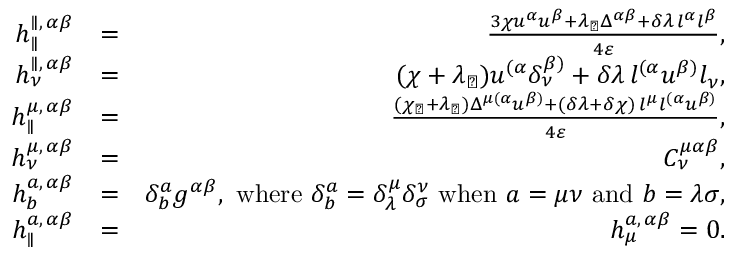
\begin{array} { r l r } { h _ { \parallel } ^ { \parallel , \, \alpha \beta } } & { = } & { \frac { 3 \chi u ^ { \alpha } u ^ { \beta } + \lambda _ { \perp } \Delta ^ { \alpha \beta } + \delta \lambda \, l ^ { \alpha } l ^ { \beta } } { 4 \varepsilon } , } \\ { h _ { \nu } ^ { \parallel , \, \alpha \beta } } & { = } & { ( \chi + \lambda _ { \perp } ) u ^ { ( \alpha } \delta _ { \nu } ^ { \beta ) } + \delta \lambda \, l ^ { ( \alpha } u ^ { \beta ) } l _ { \nu } , } \\ { h _ { \parallel } ^ { \mu , \, \alpha \beta } } & { = } & { \frac { ( \chi _ { \perp } + \lambda _ { \perp } ) \Delta ^ { \mu ( \alpha } u ^ { \beta ) } + ( \delta \lambda + \delta \chi ) \, l ^ { \mu } l ^ { ( \alpha } u ^ { \beta ) } } { 4 \varepsilon } , } \\ { h _ { \nu } ^ { \mu , \, \alpha \beta } } & { = } & { C _ { \nu } ^ { \mu \alpha \beta } , } \\ { h _ { b } ^ { a , \, \alpha \beta } } & { = } & { \delta _ { b } ^ { a } g ^ { \alpha \beta } , \mathrm { ~ w h e r e ~ } \delta _ { b } ^ { a } = \delta _ { \lambda } ^ { \mu } \delta _ { \sigma } ^ { \nu } \mathrm { ~ w h e n ~ } a = \mu \nu \mathrm { ~ a n d ~ } b = \lambda \sigma , } \\ { h _ { \parallel } ^ { a , \, \alpha \beta } } & { = } & { h _ { \mu } ^ { a , \, \alpha \beta } = 0 . } \end{array}